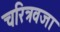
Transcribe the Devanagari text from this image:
चरित्रवजा